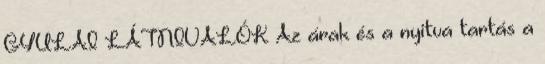
GYULAI LÁTNIVALÓK Az árak és a nyitva tartás a